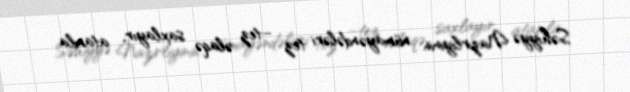
Səhiyyə Nazirliyinin nümayəndələri tez –tez əlaqə saxlayır, atamla